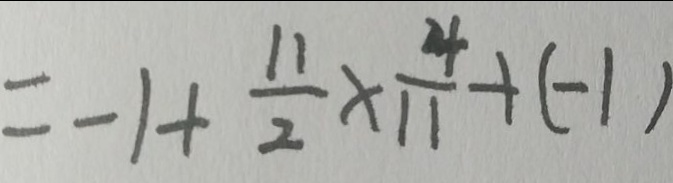
= - 1 + \frac { 1 1 } { 2 } \times \frac { 4 } { 1 1 } + ( - 1 )